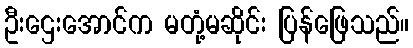
ဦးဌေးအောင်က မတုံ့မဆိုင်း ပြန်ဖြေသည်။